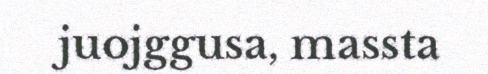
juojggusa, massta